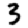
Digit: 3